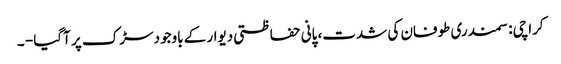
کراچی: سمندری طوفان کی شدت، پانی حفاظتی دیوار کے باوجود سڑک پر آگیا - ۔